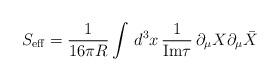
LaTeX: \begin{align*}S_{\rm eff}=\frac{1}{16\pi R}\int\, d^{3}x\, \frac{1}{{\rm Im} \tau}\,\partial_{\mu}X \partial_{\mu}\bar{X} \end{align*}